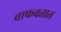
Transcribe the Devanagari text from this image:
वाफवतात